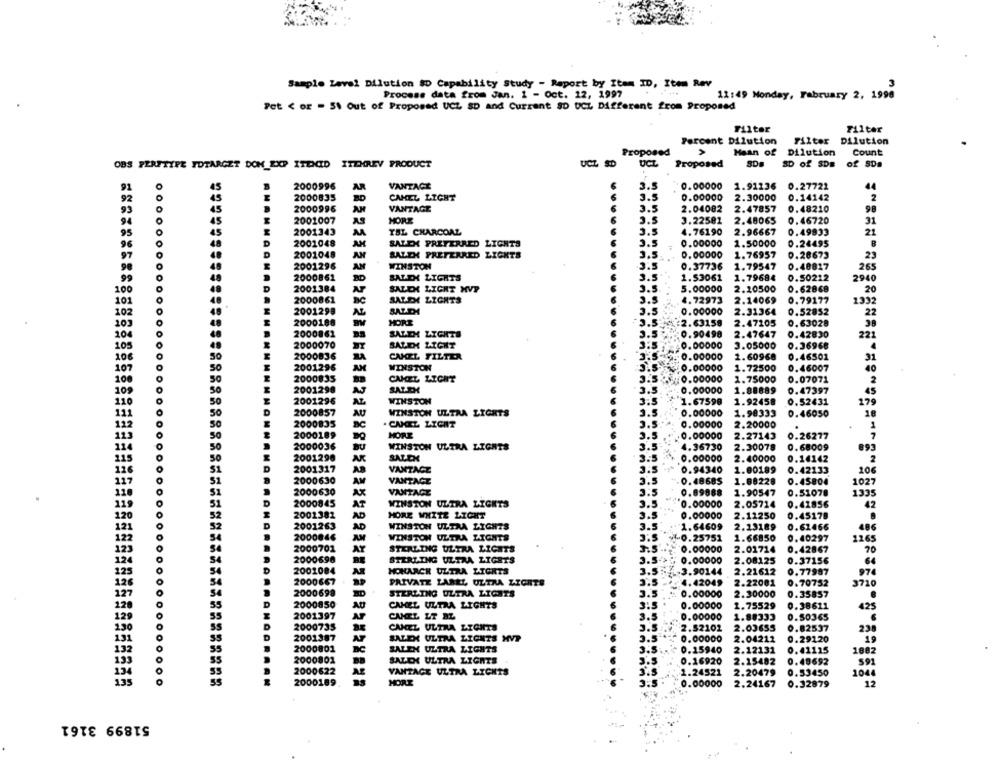
Sample Level Dilution $D Capability Study - Report by Item ID, Item Rev
Process data from Jan. 1 - Oct. 12, 1997
11:49 Monday, February 2, 1998
Pet < or = 51 Out of Proposed UCZ SD and Current SD UCL Different from Proposed
Filter
Filter
Percent Dilution
Filter Dilution
Proposed
>
Mean of Dilution
Count
OBS PERFTYPE TOTARGET DOM EXP ITENID ITEMREV PRODUCT
UCZ SD
UCL
Proposed
SDB
SD of SD#
of SDa
91
45
2000996
AR
VANTACE
3.5
0.00000
1.91236
0.27722
44
92
2000835
CAMEL LIGHT
3.5
0.00000
2.30000
0.14142
2
93
2000996
AN
VANTAGE
3.5
2.04082
2.47857
0.48210
98
94
45
2001007
MORE
3.5
3.22582
2.48065
0.46720
31
95
2001343
M
TEL CHARCOAL
3.5
4.76190
2.96667
0.49933
21
96
D
2001048
AH
SALEX PREFERRED LIGHTS
3.5
0.00000
1.50000
0.24495
D
97
2001048
AN
SALEX PREFERRED LIGHTS
3.5
0.00000
1.76957
0.28673
23
49
2001296
AN
WINSTON
6
3.5
0.37736
1.79547
0.40817
265
99
49
2000861
SALEX LIGHTS
3.5
1.53061
1.79684
0.50212
2940
100
2001384
AP
SALEX LIGHT MVP
3.5
5.00000
2.20500
0.62868
20
101
2000861
SALEX LIGHTS
3.5
4.72973
2.14069
0.79177
1332
102
2001298
SALEH
3.5
0.00000
2.31364
0.52852
22
2000188
MORT
103
- 3.5
:2.63158
2.47205
0.63028
38
104
2000861
SALEX LIGHTS
3.5
0.90498
2.47647
0.42830
221
0
2000070
SALEK LICHT
0.00000
105
3.05000
0.36968
106
2000836
CAMEL FILTER
3.5-
0.00000
1.60968
0.46501
31
107
50
2001296
WINSTON
0.00000
1.72500
0.46007
40
200
100
2000835
CAMEL LICHT
0.00000
1.75000
0.07071
2
109
50
2001298
AS
SAT.EX
3.5
0.00000
1.88889
0.47397
45
200
110
50
200
2001296
AZ
WINSTON
3.5
1.67598
1.92458
0.52431
179
111
50
2000857
AU
WINSTON ULTRA LIGHTS
3.5
0.00000
1.98333
0.46050
18
112
50
2000
. CAMIEZ LIGHT
3.5
0.00000
2.20000
1
113
So
HORE
3.5
: 0.00000
2.27143
0.26277
2000
134
50
2000036
2000036
WINSTON ULTRA LIGHTS
3.5
4.36730
2.30078
0.68009
893
50
SALEK
0.00000
2.40000
0.14142
2
115
2001
116
51
2001317
VANTAGE
3.5
0.94340
1.00189
0.42133
206
117
51
2000630
AM
VANTAGE
3.5
0.48685
1.08228
0.45804
1027
51
2000630
AX
VANTAGE
3.5
0.89868
1.90547
0.51078
1335
119
AT
WINSTON ULTRA LIGHTS
3.5
0.00000
2.05714
0.41856
42
2000
120
2001
AD
HORE WHITE LIGHT
3.5
0.00000
2.11250
0.45178
121
2001263
2001263
AD
WINSTON ULTRA LIGHTS
3.5
1.64609
2.23189
0.62466
486
122
2000
WINSTON ULTRA LIGHTS
4-0.25751
1.66850
0.40297
1265
123
2000701
AY
STERLING ULTRA LIGHTS
3.5
0.00000
2.01714
0.42867
70
124
20006
STERLING ULTRA LIGETS
3.5
0.00000
2.08125
0.37156
64
125
2001084
HONARCH ULTRA LIGHTS
3.5%
3.90144
2.21612
0.77987
974
126
2000667
PRIVATE LABEL ULTRA LIGHTS
4.42049
2.22001
0.70752
3710
127
S
2000699
STERLING ULTRA LIGHTS
3.5
0.00000
2.30000
0.35857
228
2000850
CAMEL ULTRA LIGHTS
3:5
55
0.00000
1.75529
0.38611
425
129
2001397
AF
CAMEL LT BL
3.5
0.00000
1.88333
0.50365
230
2000735
SS
CANEL ULTRA LYONTS
3.5
2.52102
2.03655
0.82537
238
131
2001387
SALEH ULTRA LIGHTS MVT
3.5
0.00000
2.04212
0.29120
19
55
2000801
BC
SALEN ULTRA LIGHTS
0.41115
1882
132
3.5.
0.15940
2.12131
133
2000802
SALEK ULTRA LIGHTS
0.16920
2.15482
0.49692
591
2000622
VANTAGE ULTRA LICHTS
1.24521
2.20479
0.53450
1044
134
2000189.
MORE
0.00000
2.24167
0.32879
12
51899 3161